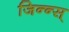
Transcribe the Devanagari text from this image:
जिन्न्स्